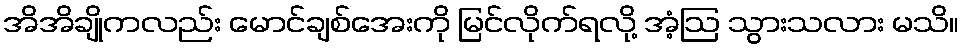
အိအိချိုကလည်း မောင်ချစ်အေးကို မြင်လိုက်ရလို့ အံ့ဩ သွားသလား မသိ။